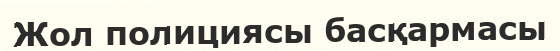
Жол полициясы басқармасы